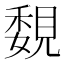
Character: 覣